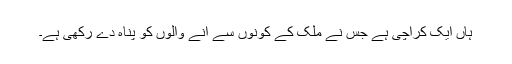
ہاں ایک کراچی ہے جس نے ملک کے کونوں سے آنے والوں کو پناہ دے رکھی ہے۔